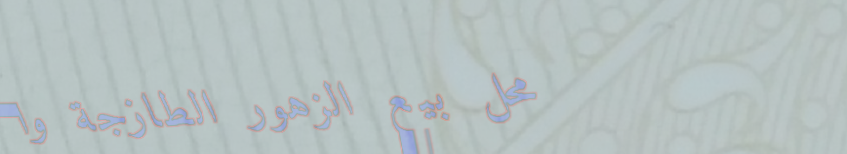
محل بيع الزهور الطازجة وا